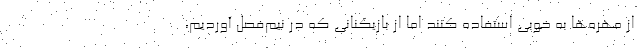
از مهره‌ها به خوبی استفاده کنند اما از بازیکنانی که در نیم‌فصل آوردیم،